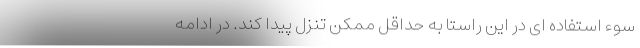
سوء استفاده ای در این راستا به حداقل ممکن تنزل پیدا کند. در ادامه